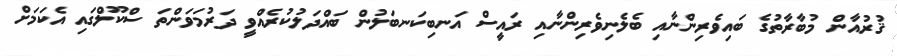
ޤުރުއާން މުބާރާތުގެ ބައިވެރިންނާއި ބެލެނިވެރިންނާއި ރައީސް އަނބިކަނބަލުން ބައްދަލުކުރެއްވީ ދަރުމަވަންތަ ސްކޫލްގައި އެކަމަށް